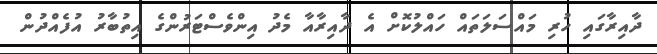
ދާއިރާގައި ހުރި މައްސަލަތައް ހައްލުކޮށް އެ ދާއިރާއާ މެދު އިންވެސްޓަރުންގެ އިތުބާރު އުފެއްދުން